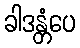
ခါဒန္တံပေ